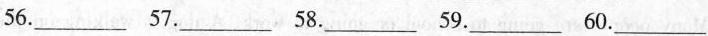
56.___ 57.___ 58. ___ 59.___ 60.___